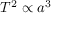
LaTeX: T ^ { 2 } \propto a ^ { 3 }